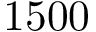
1 5 0 0